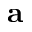
\mathbf { a }